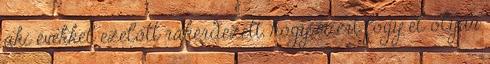
aki évekkel ezelőtt rákérdezett, hogy miért fogy el olyan